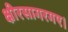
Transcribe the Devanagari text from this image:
क्षीरसागरगए।